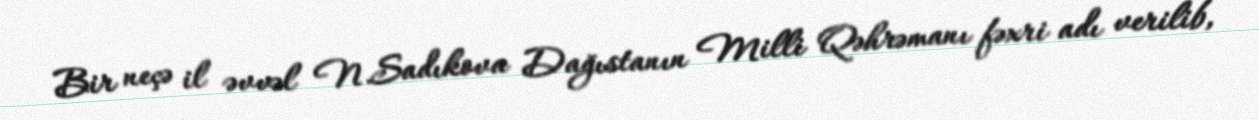
Bir neçə il əvvəl N.Sadıkova Dağıstanın Milli Qəhrəmanı fəxri adı verilib,